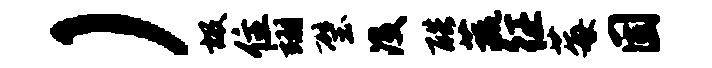
）圾住翊璧没酷蔬征莓固